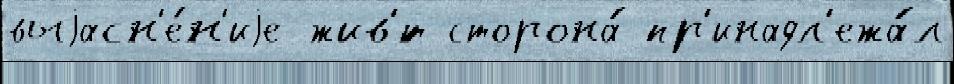
выjасн'е́н'иjе жив'́т сторона́ пр'инадл'ежа́л